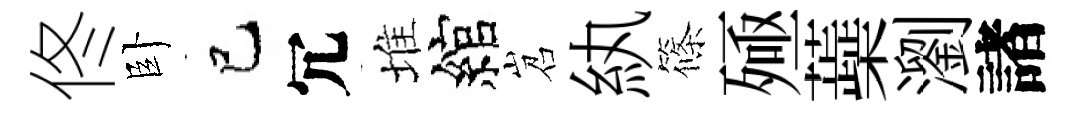
佟卧巳冗堆綰岧紈篠殛蘃瀏諸